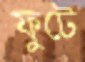
ফুটে